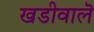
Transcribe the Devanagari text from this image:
खडीवालॆ